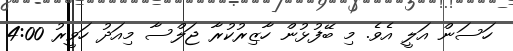
ހަސަން އަލީ އެވެ. މި ބޭފުޅުން ހާޒިރުކުރާ ޖަލްސާ މިއަދު ހަވީރު 4:00